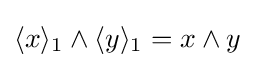
\langle x\rangle _{1}\wedge \langle y\rangle _{1}=x\wedge y